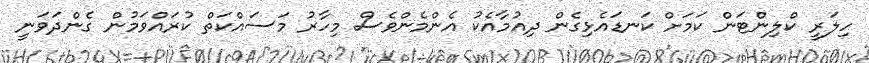
ހިލަރީ ކްލިންޓަން ކަމަށް ކަނޑައެޅިގެން ދިއުމާއެކު އެންމެންވެސް މިހާރު މަސައްކަތް ކުރައްވަމުން ގެންދަވަނީ